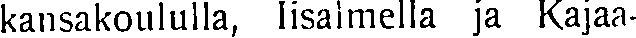
kansakoululla, lisalmella ja Kajaa-